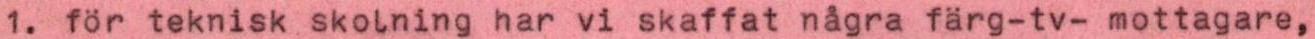
1. för teknisk skolning har vi skaffat några färg-tv- mottagare,